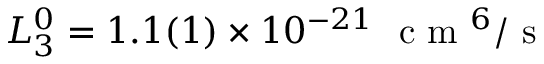
L _ { 3 } ^ { 0 } = 1 . 1 ( 1 ) \times 1 0 ^ { - 2 1 } ~ \mathrm { ~ c ~ m ~ } ^ { 6 } / \mathrm { ~ s ~ }